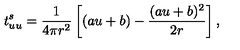
t _ { u u } ^ { s } = { \frac { 1 } { 4 \pi r ^ { 2 } } } \left[ ( a u + b ) - { \frac { ( a u + b ) ^ { 2 } } { 2 r } } \right] ,